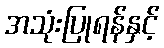
အသုံးပြုရန်နှင့်